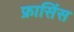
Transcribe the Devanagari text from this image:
फ्रासिंस